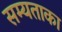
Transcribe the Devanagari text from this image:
सम्यताका